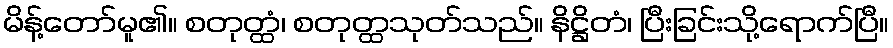
မိန့်တော်မူ၏။ စတုတ္ထံ၊ စတုတ္ထသုတ်သည်။ နိဋ္ဌိတံ၊ ပြီးခြင်းသို့ရောက်ပြီ။